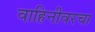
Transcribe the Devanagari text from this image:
वाहिनीवरचा